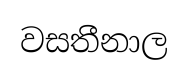
වසතීනාල